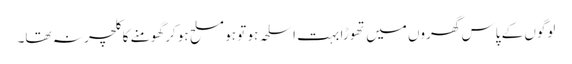
لوگوں کے پاس گھروں میں تھوڑا بہت اسلحہ ہو تو ہو مسلح ہو کر گھومنے کا کلچر نہ تھا۔